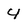
Character: 4